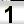
Digit: 1